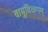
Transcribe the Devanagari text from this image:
वायुविळगम्